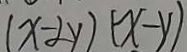
( x - 2 y ) ( x - y )